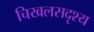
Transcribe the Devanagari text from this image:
चिखलसदृश्य